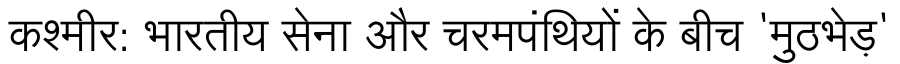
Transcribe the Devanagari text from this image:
कश्मीर: भारतीय सेना और चरमपंथियों के बीच 'मुठभेड़'